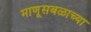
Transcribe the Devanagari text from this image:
माणूसबळाच्या